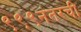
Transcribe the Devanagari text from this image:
९९९नंतरची